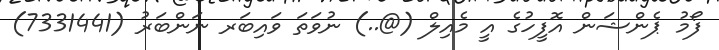
ފޯމު ޕެންޝަން އޮފީހުގެ އީ މެއިލް (@..) ނުވަތަ ވައިބަރ ނަންބަރު (7331441)